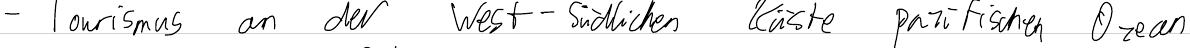
- Tourismus an der West-südlichen Küste pazifischen Ozean